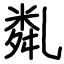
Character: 亃